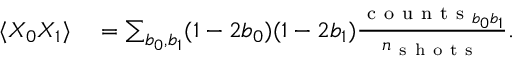
\begin{array} { r l } { \langle X _ { 0 } X _ { 1 } \rangle } & { { } = \sum _ { b _ { 0 } , b _ { 1 } } ( 1 - 2 b _ { 0 } ) ( 1 - 2 b _ { 1 } ) \frac { \mathrm { ~ c ~ o ~ u ~ n ~ t ~ s ~ } _ { b _ { 0 } b _ { 1 } } } { n _ { \mathrm { ~ s ~ h ~ o ~ t ~ s ~ } } } . } \end{array}